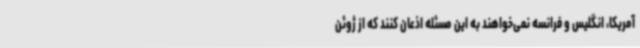
آمریکا، انگلیس و فرانسه نمی‌خواهند به این مسئله اذعان کنند که از ژوئن